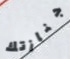
جنازتك